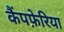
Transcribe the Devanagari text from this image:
कैंपफ़ेरिया